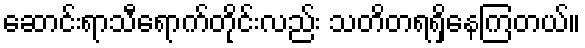
ဆောင်းရာသီရောက်တိုင်းလည်း သတိတရရှိနေကြတယ်။